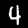
Label: 4